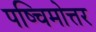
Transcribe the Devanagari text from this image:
पष्चिमोत्तर